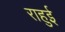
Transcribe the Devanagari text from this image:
राहुई